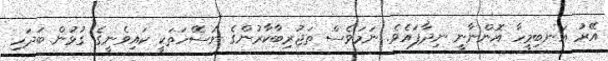
އޭރު އަނބިމީހާ އޮންނާނީ ނިދާފައެވެ. ނަމަވެސް ތަޖުރިބާކާރުންގެ ނަސޭހަތަކީ ކައިވެނީގެ ގުޅުން ބަދަހި